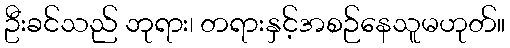
ဦးခင်သည် ဘုရား၊ တရားနှင့်အစဉ်နေသူမဟုတ်။